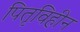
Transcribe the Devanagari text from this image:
पितृविहीन